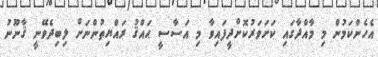
އެހެންކަމުން މި މާއްދާގައި ކަށަވަރުކޮށްދީފައިވާ މި އަސާސީ ޙައްޤު ރައްޔިތުންނަށް ލިބިދެވޭނީ ޤާނޫނު